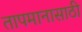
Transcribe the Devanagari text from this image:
तापमानासाठी